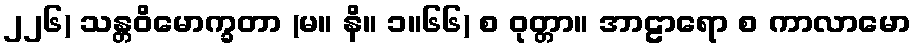
၂၂၆) သန္တဝိမောက္ခတာ (မ။ နိ။ ၁။၆၆) စ ဝုတ္တာ။ အာဠာရော စ ကာလာမော